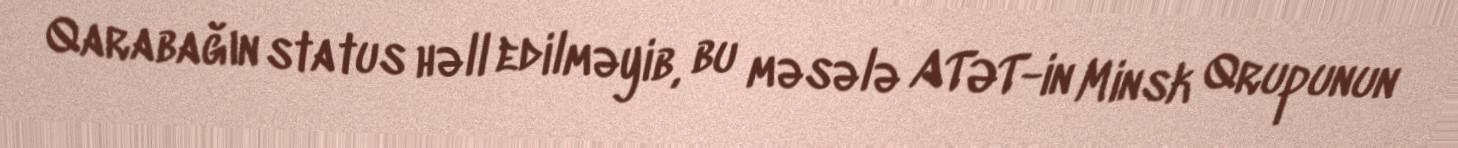
Qarabağın status həll edilməyib, bu məsələ ATƏT-in Minsk Qrupunun